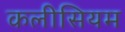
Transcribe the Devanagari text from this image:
कलीसियम